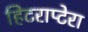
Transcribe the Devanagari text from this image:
हिटराप्टेरा